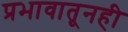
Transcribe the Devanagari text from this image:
प्रभावातूनही